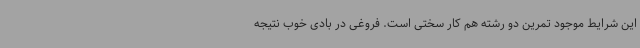
این شرایط موجود تمرین دو رشته هم کار سختی است. فروغی در بادی خوب نتیجه